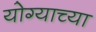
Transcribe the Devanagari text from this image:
योग्याच्या